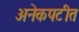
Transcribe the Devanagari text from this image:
अनेकपटीत